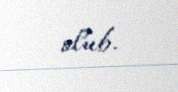
olub.